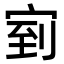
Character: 𭓴